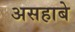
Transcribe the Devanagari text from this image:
असहाबे